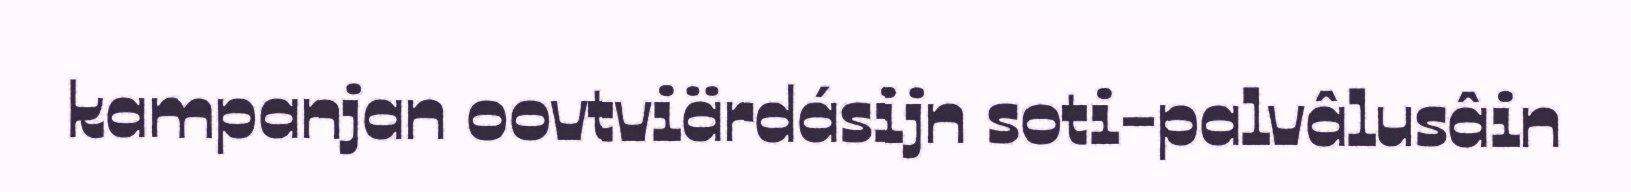
kampanjan oovtviärdásijn soti-palvâlusâin